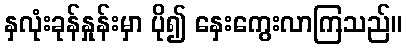
နှလုံးခုန်နှုန်းမှာ ပို၍ နှေးကွေးလာကြသည်။